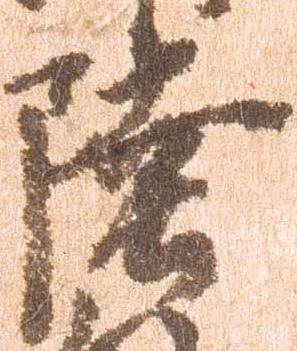
陸